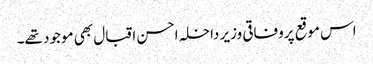
اس موقع پروفاقی وزیر داخلہ احسن اقبال بھی موجود تھے۔